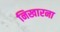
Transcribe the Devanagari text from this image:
निखारना